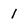
Character: 1